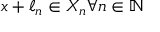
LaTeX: x + \ell _ { n } \in X _ { n } \forall n \in \mathbb { N }